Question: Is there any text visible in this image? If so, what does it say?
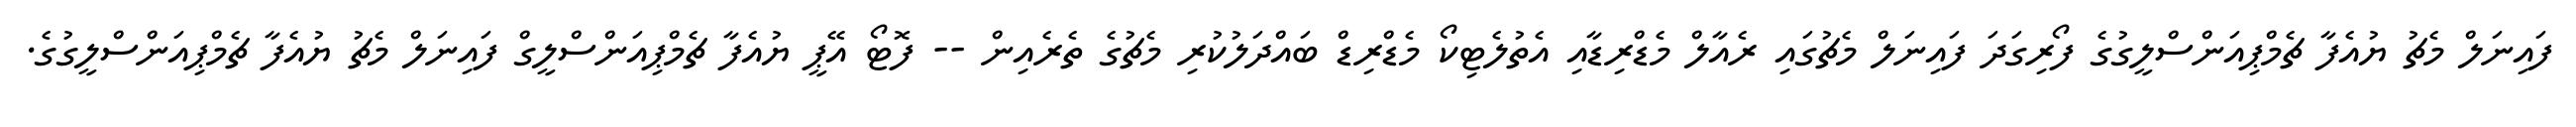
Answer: ފައިނަލް މެޗު ޔުއެފާ ޗެމްޕިއަންސްލީގުގެ ފޯރިގަދަ ފައިނަލް މެޗުގައި ރެއާލް މެޑްރިޑާއި އެތުލެޓިކޯ މެޑްރިޑް ބައްދަލުކުރި މެޗުގެ ތެރެއިން -- ފޮޓޯ އޭޕީ ޔުއެފާ ޗެމްޕިއަންސްލީގް ފައިނަލް މެޗު ޔުއެފާ ޗެމްޕިއަންސްލީގުގެ.